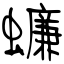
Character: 蠊